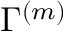
\Gamma ^ { ( m ) }